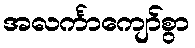
အလင်္ကာကျော်စွာ